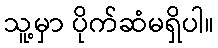
သူ့မှာ ပိုက်ဆံမရှိပါ။